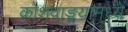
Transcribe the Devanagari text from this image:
कोशवाङ्मयामध्ये